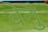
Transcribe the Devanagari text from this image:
वेनु